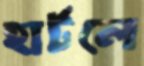
হার্টলে